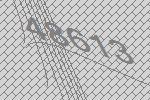
48613